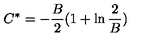
C ^ { * } = - \frac { B } { 2 } ( 1 + \ln \frac { 2 } { B } )